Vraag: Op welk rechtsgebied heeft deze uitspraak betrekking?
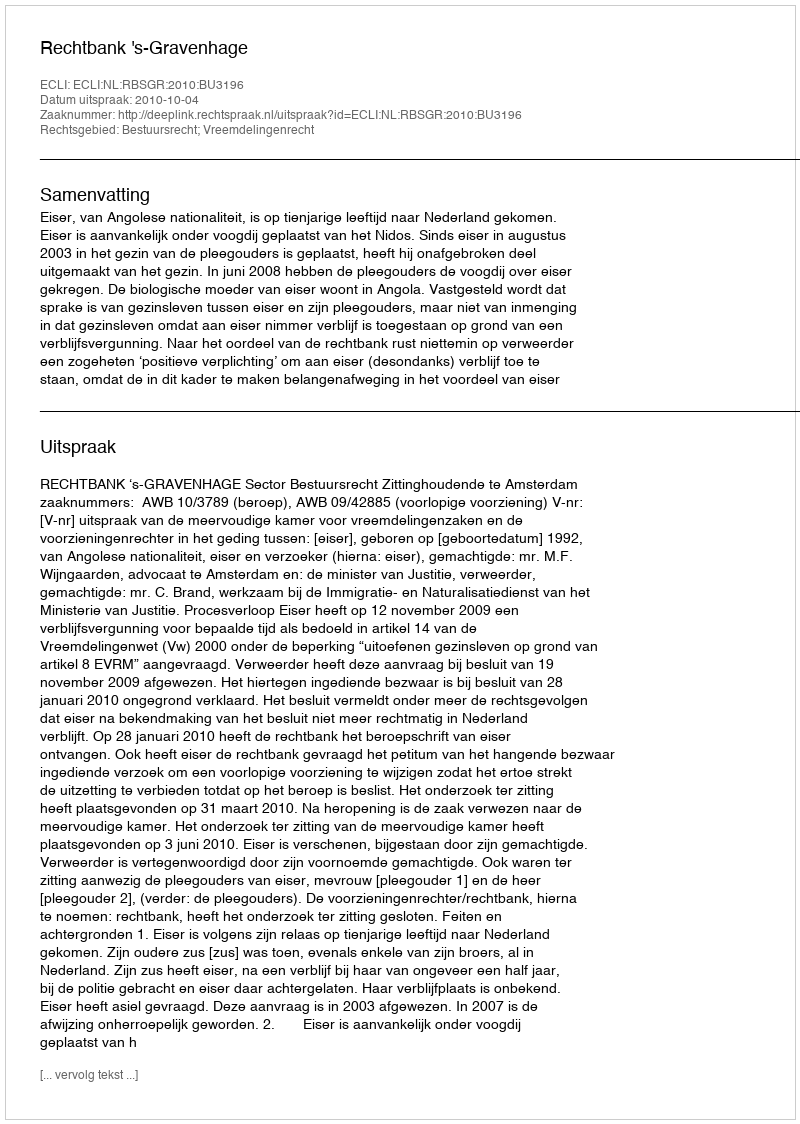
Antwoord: Bestuursrecht; Vreemdelingenrecht